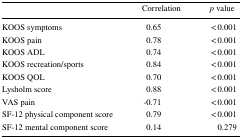
<table><thead><tr><td></td><td><b>Correlation</b></td><td><b><i>p</i> value</b></td></tr></thead><tbody><tr><td>KOOS symptoms</td><td>0.65</td><td>&lt; 0.001</td></tr><tr><td>KOOS pain</td><td>0.78</td><td>&lt; 0.001</td></tr><tr><td>KOOS ADL</td><td>0.74</td><td>&lt; 0.001</td></tr><tr><td>KOOS recreation/sports</td><td>0.84</td><td>&lt; 0.001</td></tr><tr><td>KOOS QOL</td><td>0.70</td><td>&lt; 0.001</td></tr><tr><td>Lysholm score</td><td>0.88</td><td>&lt; 0.001</td></tr><tr><td>VAS pain</td><td>-0.71</td><td>&lt; 0.001</td></tr><tr><td>SF-12 physical component score</td><td>0.79</td><td>&lt; 0.001</td></tr><tr><td>SF-12 mental component score</td><td>0.14</td><td>0.279</td></tr></tbody></table>